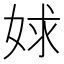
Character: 㛏